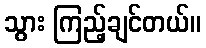
သွား ကြည့်ချင်တယ်။